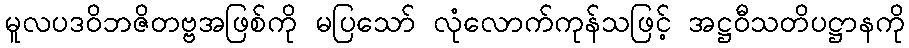
မူလပဒဝိဘဇိတဗ္ဗအဖြစ်ကို မပြသော် လုံလောက်ကုန်သဖြင့် အဋ္ဌဝီသတိပဋ္ဌာနကို